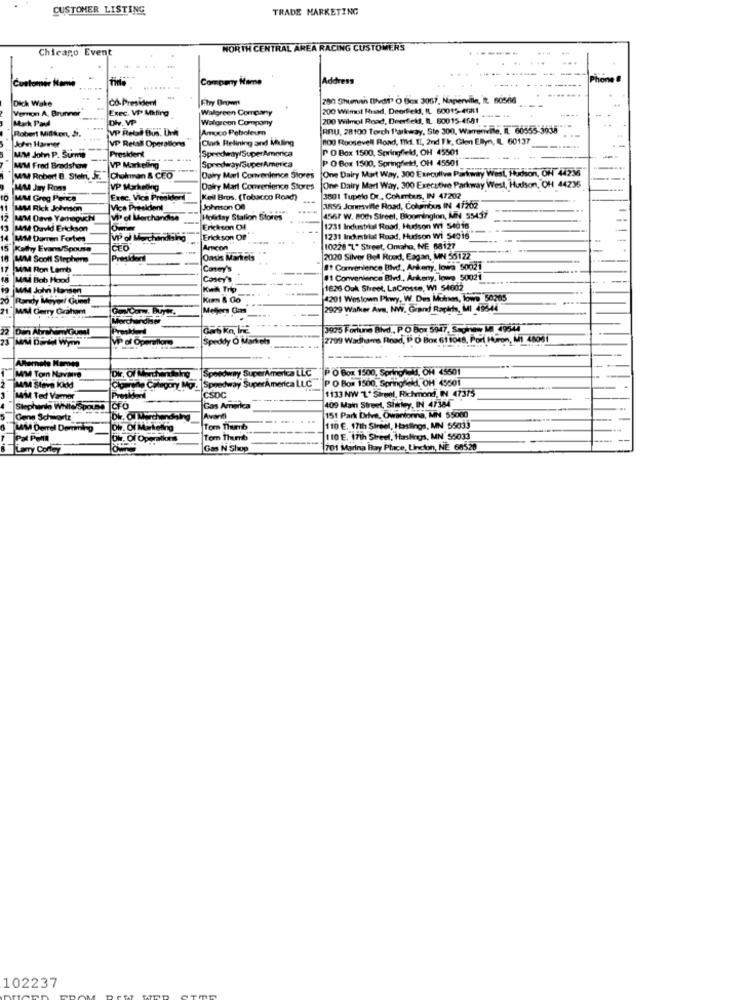
CUSTOMER LISTING
TRADE MARKETING
Chicago Event
NORTH CENTRAL AREA RACING CUSTOMERS
....
Customer Name
Company Name
Address
Dick Wake
co-President
280 Shuman Dvd!" O Box 3067, Naperville, It. 60506
Vemon A. Brunner
Exec. VP Miting
Walgreen Company
200 Wilmol Head, Deerfield, IL 60015-4081
Mark Pau
oh. VP
Walgreen Company
200 Wilmol Road, Deerfield, IL. 60015-4581
vp Retal BUS. Un
Amoco Peboleum
RIU, 28100 Torch Parkway, Ste 300, Warrenvite, Il. 60555-3935
Robert Million, Jr.
John Hammer
VP Retal Opera
Clark Relining and Midling
800 Roosevell Road, TIld. IT, 2nd F k, Glen Elyn, IL 60137
President
Speedway/SuperAmerica
PO Box 1500, Springfield, OH 45501
MIM John P. Surme
Speedway/SuperAmerica
P O Box 1500, Springfield, OH 45501
MAM Fred Bradshaw
VP Markelling
One Dairy Mart Way, 300 Executive Parkway West. Hudson, Of 44235
WAM Robert B. Stein, 37 Cholman & CEO
Dairy Marl Convenience Stores
MIM Jay Ross
VP Marketing
Dairy Marl Convenience Stores
One Dairy Mart Way, 300 Executive Parkway West, Hudson, OH 44235
10 MM Greg Pence
Exac. Vice Presikord
Keil Bros. (Tobacco Road)
3801 Tupelo Dr ., Cohrtuss, IN 47202
MAM Rick Johnson
Vice President
Johnson Of
3855 Jonesville Road, Columbus IN 47202
MIM Dave Yamaguchi
VPP of Merchandise
Holiday Station Stores
4567 W. 80th Street, Bloomington, MN 55437
13 MAM David Erickson
Erikson Of
1231 Industrial Road, Hudson W1 54018
14 MM Darren Forbes
VP ol Merchandising
Erickson OP
1231 Industrial Road, Hudson Wi 54016
Kathy Evar/Spouse
CFO
Arcon
10228 7. Street, Omaha, NE 68127
14/M4 Scoff Stepherm
2020 Silver Bell Road, Eagan, MN 55122
17 MM Ron Lemb
Caney's
If Correnience Blvd ., Ankeny, lowa 50021
MAM Bob Hood
Cosey's
#1 Convenience Blvd ., Anikeny, lowe 50021
MM John Hansen
Kwik Trip
1626 Ouk Street, LaCrosse, WI 54602
20 Randy Mayori Gunst
Kim & Go
4201 Westown Pkwy, W. Des Moines, Towe 50205
Mad Cherry Graham
Meglers Gas
2929 Walker Ave. NWi. Grand Rapids, MI 49844
Merchandiser
Proskderd
3925 Fortune Blvd ., P. O Box 5947, Sapinwy MA 4954
23 Mld Daniel Wymn
VP of Operation
Speddy O Markre
2799 Wadhams Road, P O Box 61 1048, Port Huron, Mi 48001
Alternate Name
Dir. Of Merchandising
Speedway SuperAmerica LLC P O Box 1500, Springfeld, OH 45501
MIM Tom Navara
Speedway SuperAmerica LLC P O Box 1500, Springfield, OH 45501
MAM Stave Kidd
Citarede Colegory Mo
MIM Ted Vamer
CSDC
1133 NW 1" Sireel, Richmond, IN 47375
Stephanto White Spouse CFO
Gas America
409 Main Street, Shirley, IN 47384
Gene Schwartz
Dir, Oll Merchandising
Avanti
151 Park Drive, Owantonina, MN 55080
LAM Derrel Demming
Div. Of Marketing
Tom Thanb
110 €. 17th Street, Hastings, MN 55033
Pat PoMl
Dir. Of Operations
Tom Thumb
110 E. 17th Steel, Hastig, MN 55033
Larry Coffey
Gas N Shop
701 Marina Bay Place, Lincon, NE 68528
102237